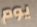
يوم